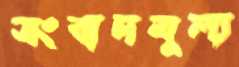
সংবাদমূল্য